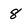
Character: 8